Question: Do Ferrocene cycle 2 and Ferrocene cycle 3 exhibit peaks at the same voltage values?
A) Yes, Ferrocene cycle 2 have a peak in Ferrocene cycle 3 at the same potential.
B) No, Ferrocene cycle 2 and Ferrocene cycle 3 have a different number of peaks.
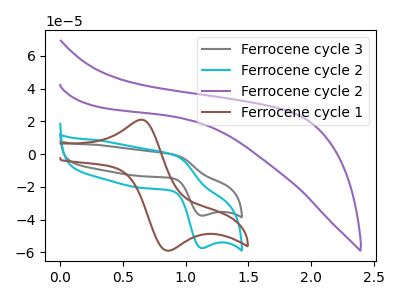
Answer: <think>The gray curve "Ferrocene cycle 3" has an anodic peak at (0.90V, -0.50uA) and a cathodic peak at (1.10V, -37.60uA). The cyan curve "Ferrocene cycle 2" has an anodic peak at (0.90V, -0.80uA) and a cathodic peak at (1.10V, -57.45uA). The purple curve "Ferrocene cycle 2" has no peaks. The brown curve "Ferrocene cycle 1" has an anodic peak at (0.65V, 20.95uA) and a cathodic peak at (0.85V, -59.00uA).</think>
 <answer>A) Yes, "Ferrocene cycle 2" have a peak in "Ferrocene cycle 3" at the same potential.</answer>
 <eval>A</eval>